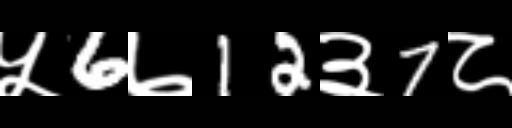
Text: ५6७12३7८